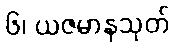
၆၊ ယဇမာနသုတ်